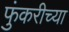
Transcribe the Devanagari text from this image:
फुंकरीच्या